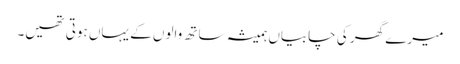
میرے گھر کی چابیاں ہمیشہ ساتھ والوں کے یہاں ہوتی تھیں۔